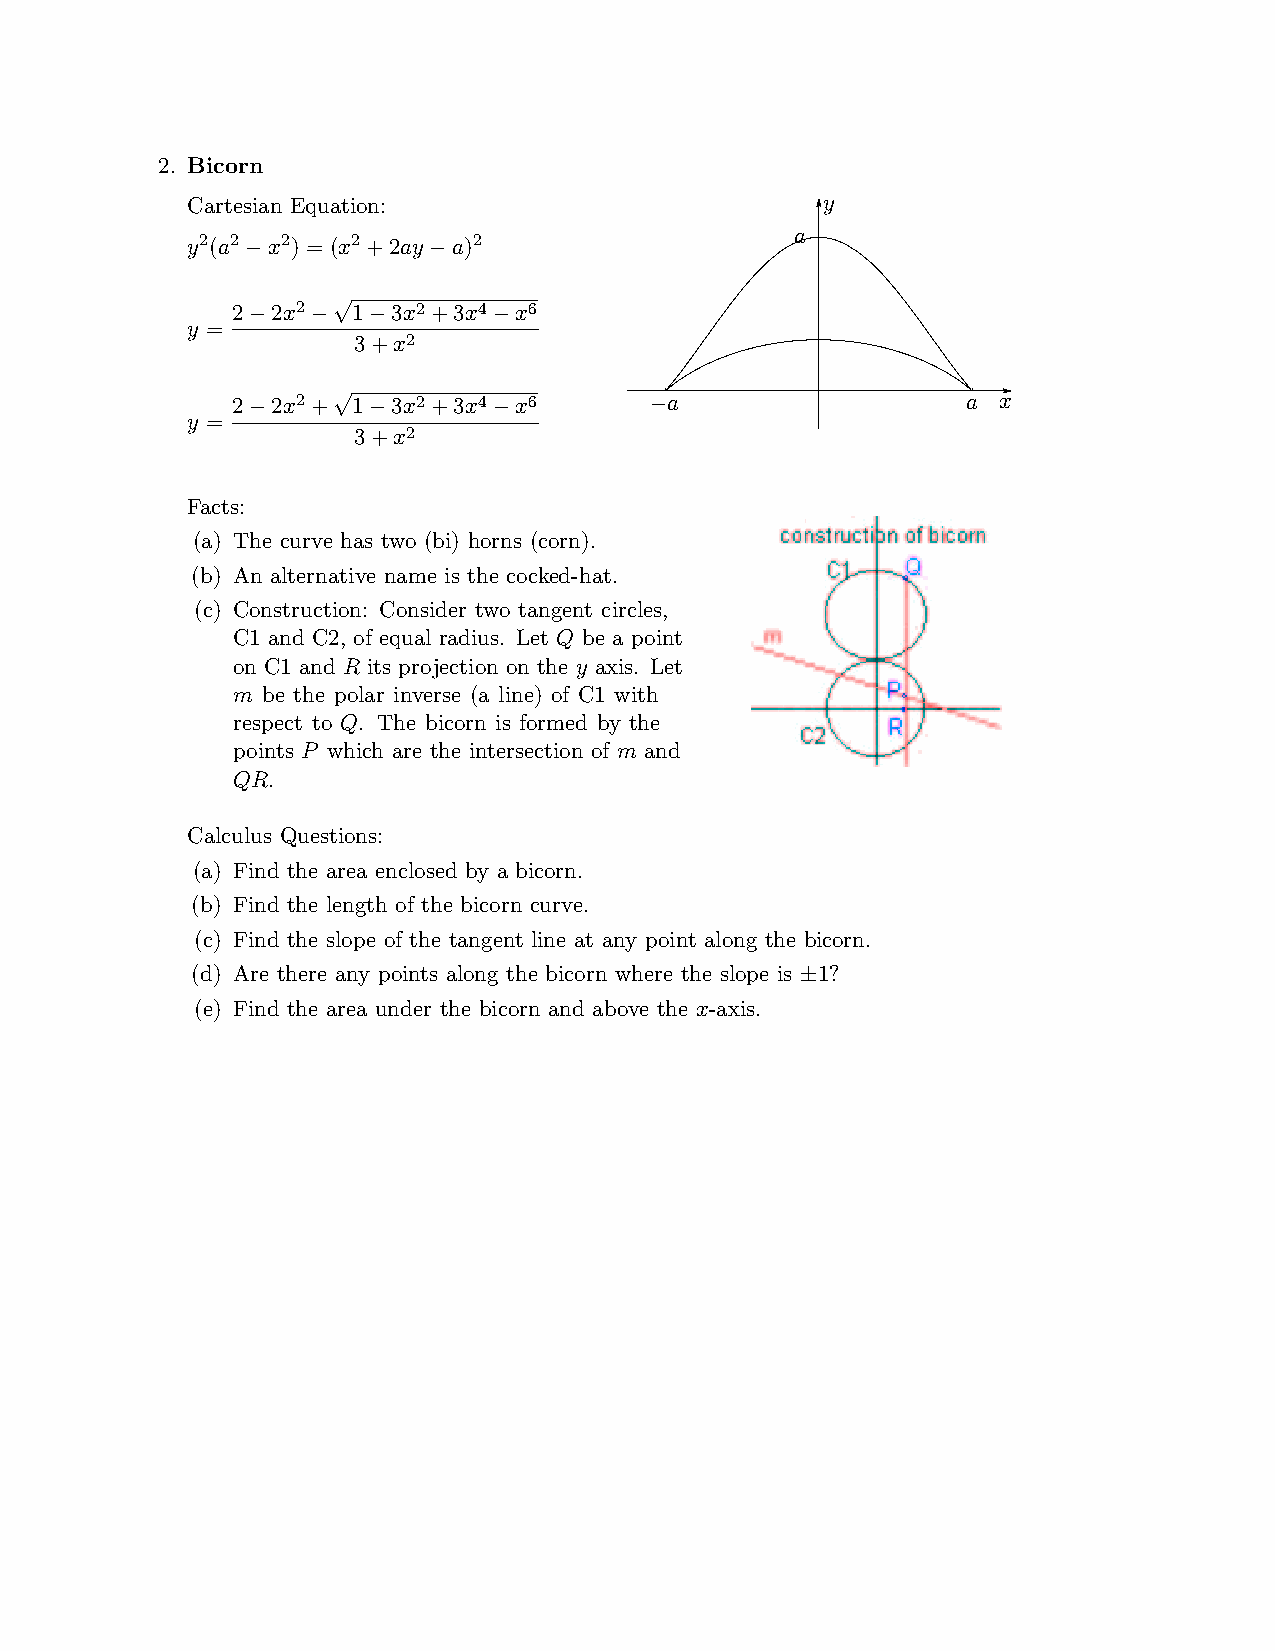
2. Bicorn
 Cartesian Equation:                       y
 2 2   2   2       2                     a
 y (a  x ) = (x +2ay a)
 ¡           ¡
 2  2x2 p1  3x2P +Sf 3r xa 4g re xp 6lacements
 y = ¡    ¡  ¡        ¡
 3+x2
 2  2x2 +p1 3x2+3x4 x6        a                   a x
 y = ¡       ¡        ¡         ¡
 3+x2
 Facts:
 (a) The curve has two (bi) horns (corn).
 (b) An alternative name is the cocked-hat.
 (c) Construction: Consider two tangent circles,
 C1 and C2, of equal radius. Let Q be a point
 on C1 and R its projection on the y axis. Let
 m be the polar inverse (a line)PofSfCra1gwrietphlacements
 respect to Q. The bicorn is formed by the
 x
 points P which are the intersection of m and y
 QR.
 Calculus Questions:
 (a) Find the area enclosed by a bicorn.
 (b) Find the length of the bicorn curve.
 (c) Find the slope of the tangent line at any point along the bicorn.
 (d) Are there any points along the bicorn where the slope is 1?
 §
 (e) Find the area under the bicorn and above the x-axis.